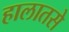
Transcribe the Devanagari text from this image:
हालातसे